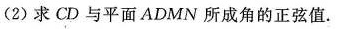
(2)求CD与平面ADMN所成角的正弦值。N。